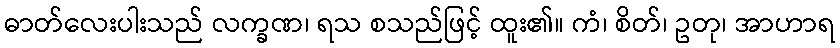
ဓာတ်လေးပါးသည် လက္ခဏ၊ ရသ စသည်ဖြင့် ထူး၏။ ကံ၊ စိတ်၊ ဥတု၊ အာဟာရ